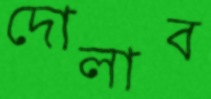
দোলাব